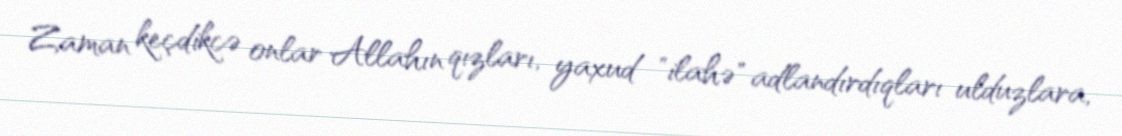
Zaman keçdikcə onlar Allahın qızları, yaxud "ilahə" adlandırdıqları ulduzlara,